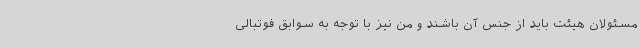
مسئولان هیئت باید از جنس آن باشند و من نیز با توجه به سوابق فوتبالی